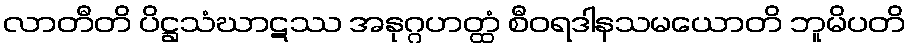
လာတီတိ ပိဋ္ဌသံဃာဋဿ အနုဂ္ဂဟတ္ထံ စီဝရဒါနသမယောတိ ဘူမိပတိ